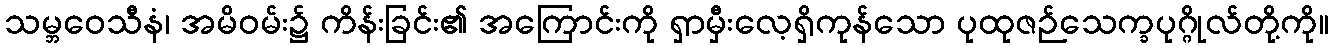
သမ္ဘဝေသီနံ၊ အမိဝမ်း၌ ကိန်းခြင်း၏ အကြောင်းကို ရှာမှီးလေ့ရှိကုန်သော ပုထုဇဉ်သေက္ခပုဂ္ဂိုလ်တို့ကို။